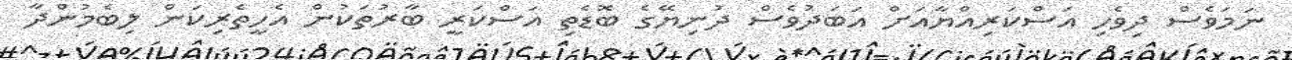
ނަމަވެސް ދިވެހި އަސްކަރިއްޔާއަށް އަބަދުވެސް ދުނިޔޭގެ ބޮޑެތި އަސްކަރީ ބާރުތަކުން އެހީތެރިކަން ލިބެމުންދާ